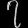
Digit: ၇